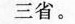
三省。